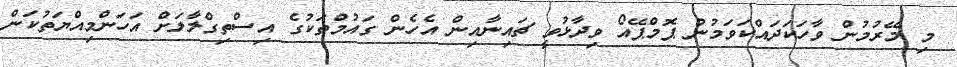
މި މޭރުމުން ވާހަކަދައްކަވަމުން ޕޮމްޕޭއޯ ވިދާޅުވީ ޗައިނާއިން އެހެން ގައުމްތަކުގެ އިސްތިގްލާލަށް އަހަންމިއްޔަތުކަން